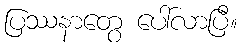
ပြဿနာတွေ ပေါ်လာပြီ။